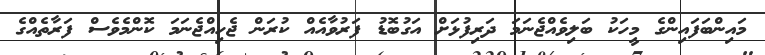
މައިންބަފައިންގެ މީހަކު ބަލިވެއްޖެނަމަ ދަރިފުޅަށް އަގުބޮޑު ފަރުވާއެއް ކުރަން ޖެހިއްޖެނަމަ ކޮންމެވެސް ފަރާތެއްގެ